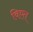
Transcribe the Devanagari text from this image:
विएत